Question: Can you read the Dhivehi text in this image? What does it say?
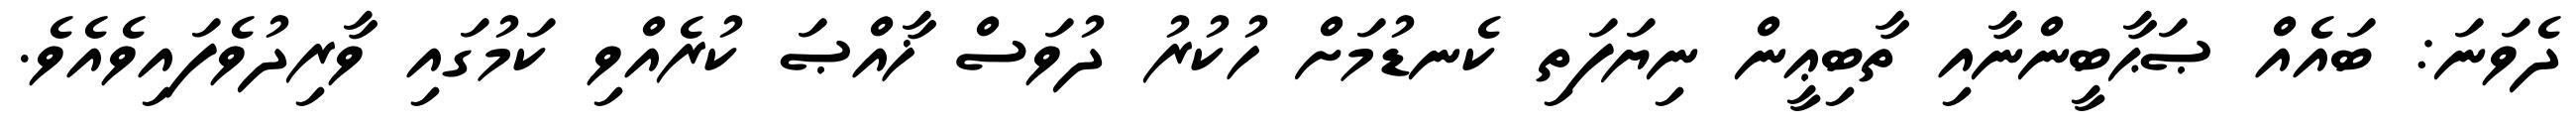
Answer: ދެވަނަ: ބައެއް ޞަޙާބީންނާއި ތާބިޢީން ނިޔަފަތި ކެނޑުމަށް ހުކުރު ދުވަސް ޚާއްޞަ ކުރެއްވި ކަމުގައި ވާރިދުވެފައިވެއެވެ.